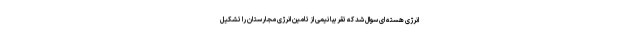
انرژی هسته ای سوال شد که تقریباً نیمی از تامین انرژی مجارستان را تشکیل